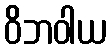
ဝိဘဝါယ